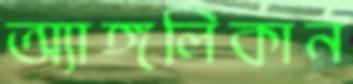
অ্যাঙ্গলিকান